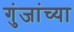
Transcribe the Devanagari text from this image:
गुंजांच्या